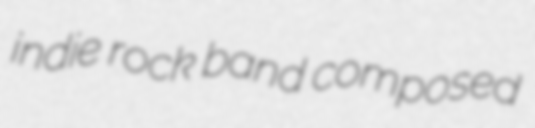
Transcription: indie rock band composed